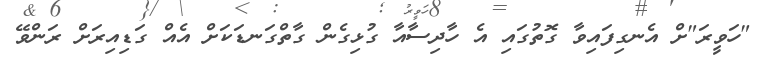
"ހަވީރަ"ށް އެނގިފައިވާ ގޮތުގައި އެ ހާދިސާއާ ގުޅިގެން ގާތްގަނޑަކަށް އެއް ގަޑިއިރަށް ރަންވޭ